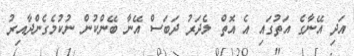
އަދި އޭނާގެ އަތުގައި އެ އޮތް ލެދަރު ދަބަސް އޭނާ ބޭންކުން ނުކުމެގެންދާއިރު